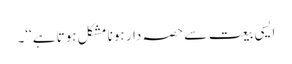
ایسی بیعت سے حصہ دار ہونا مشکل ہوتا ہے‘‘۔